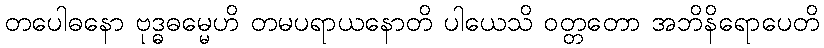
တပေါဓနော ဗုဒ္ဓဓမ္မေဟိ တမပရာယနောတိ ပါယေသိ ဝတ္တတော အဘိနိရောပေတိ